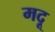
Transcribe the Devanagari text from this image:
मदू